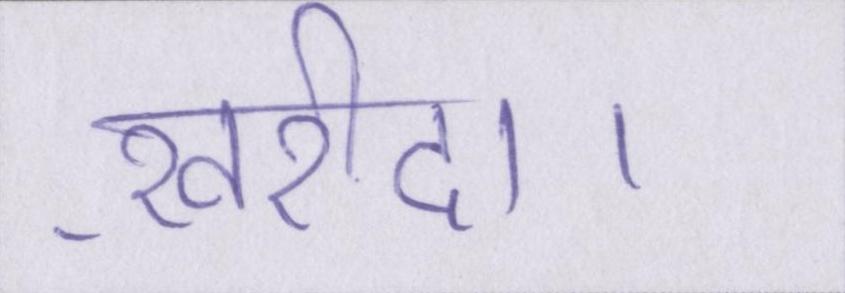
ख़रीदा।